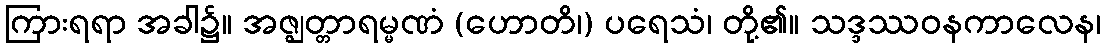
ကြားရရာ အခါ၌။ အဇ္ဈတ္တာရမ္မဏံ (ဟောတိ၊) ပရေသံ၊ တို့၏။ သဒ္ဒဿဝနကာလေန၊